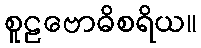
စူဠဗောဓိစရိယ။